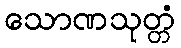
သောဏသုတ္တံ